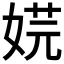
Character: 𡝴